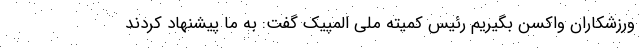
ورزشکاران واکسن بگیریم رئیس کمیته ملی المپیک گفت: به ما پیشنهاد کردند